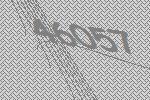
46057